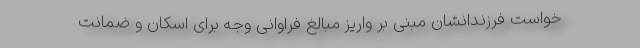
خواست فرزندانشان مبنی بر واریز مبالغ فراوانی وجه برای اسکان و ضمانت